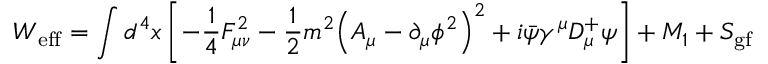
W _ { \mathrm { e f f } } = \int d ^ { 4 } x \left[ - \frac { 1 } { 4 } F _ { \mu \nu } ^ { 2 } - \frac { 1 } { 2 } m ^ { 2 } { \left( A _ { \mu } - { \partial _ { \mu } \phi ^ { 2 } } \right) } ^ { 2 } + i \bar { \psi } \gamma ^ { \mu } D _ { \mu } ^ { + } \psi \right] + M _ { 1 } + S _ { \mathrm { g f } }